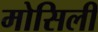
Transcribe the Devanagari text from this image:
मोसिली